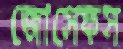
জোসেফস